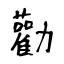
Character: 勸